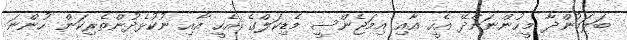
ބަލަމުންދާ މީހުންނަށްދޭ އެހީ އާއި އިމަޖެންސީ މެޑިކަލްގެ އެހީ އާއި ނުކުޅެދުންތެރިކަން ހުންނަ